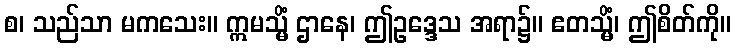
စ၊ သည်သာ မကသေး။ ဣမသ္မိံ ဌာနေ၊ ဤဥဒ္ဒေသ အရာ၌။ ဧတသ္မိံ၊ ဤစိတ်ကို။